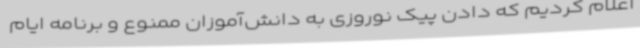
اعلام کردیم که دادن پیک نوروزی به دانش‌آموزان ممنوع و برنامه ایام